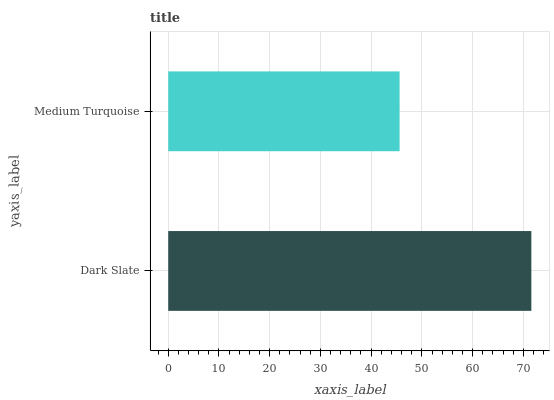
| yaxis_label | bars |
 | --- | --- |
 | Dark Slate | 71.6 |
 | Medium Turquoise | 45.6 |